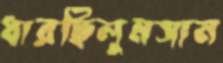
ধারছিলুমসাম